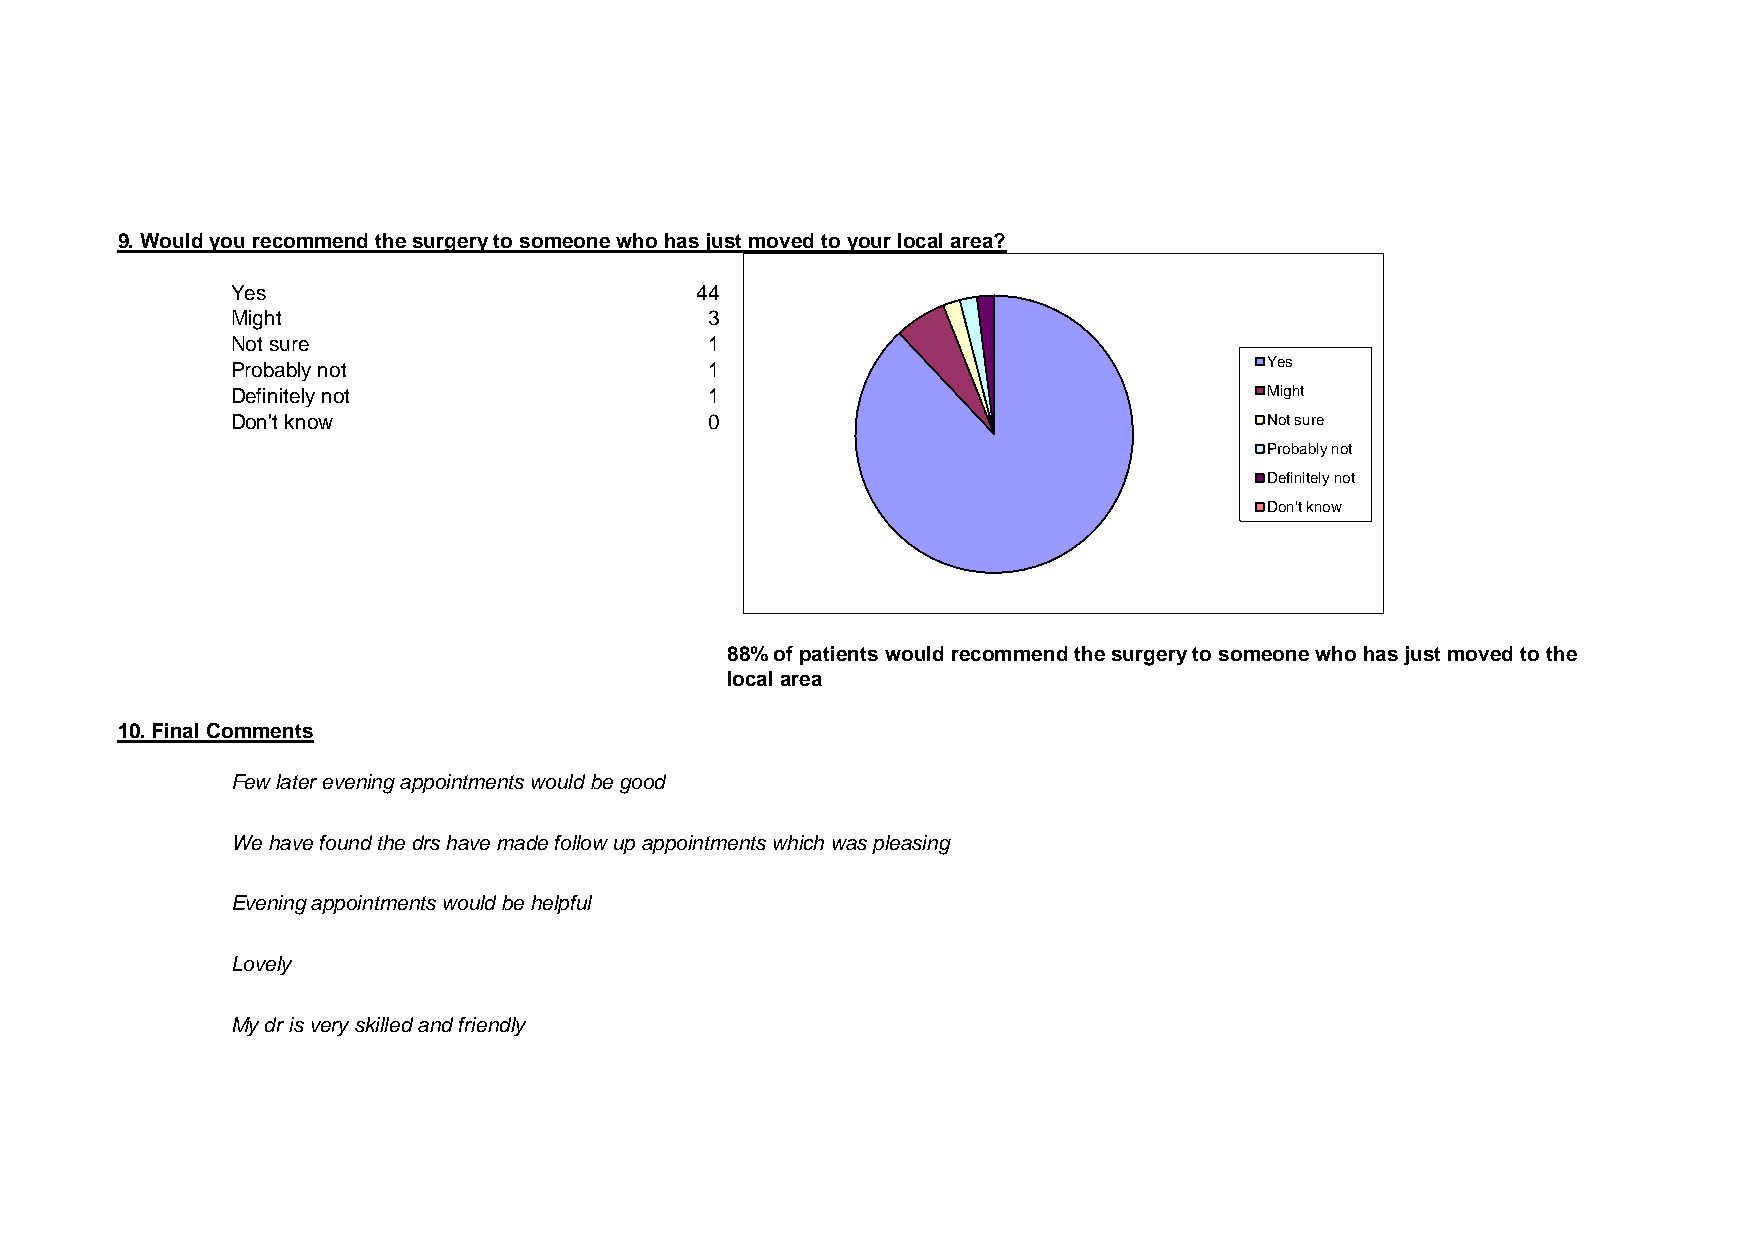
9. Would you recommend the surgery to someone who has just moved to your local area?
 Yes                            44
 Might                           3
 Not sure                        1
 Probably not                    1                                    Yes
 Definitely not                  1                                    Might
 Don't know                      0                                    Not sure
 Probably not
 Definitely not
 Don't know
 88% of patients would recommend the surgery to someone who has just moved to the
 local area
 10. Final Comments
 Few later evening appointments would be good
 We have found the drs have made follow up appointments which was pleasing
 Evening appointments would be helpful
 Lovely
 My dr is very skilled and friendly